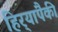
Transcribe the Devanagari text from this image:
हिर्‍यांपैकी